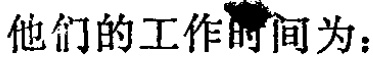
他们的工作时间为：